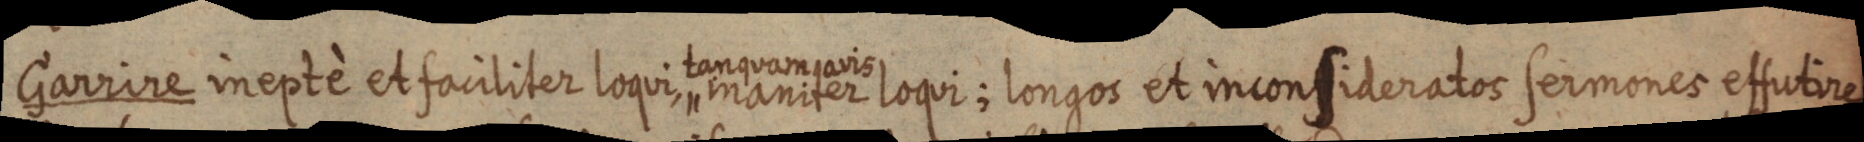
Garrire inepte et faciliter loqui maniter loqui; longos et inconsideratos sermones effutire